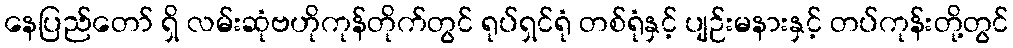
နေပြည်တော် ရှိ လမ်းဆုံဗဟိုကုန်တိုက်တွင် ရုပ်ရှင်ရုံ တစ်ရုံနှင့် ပျဉ်းမနားနှင့် တပ်ကုန်းတို့တွင်